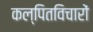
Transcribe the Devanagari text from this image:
कल्पितविचारों